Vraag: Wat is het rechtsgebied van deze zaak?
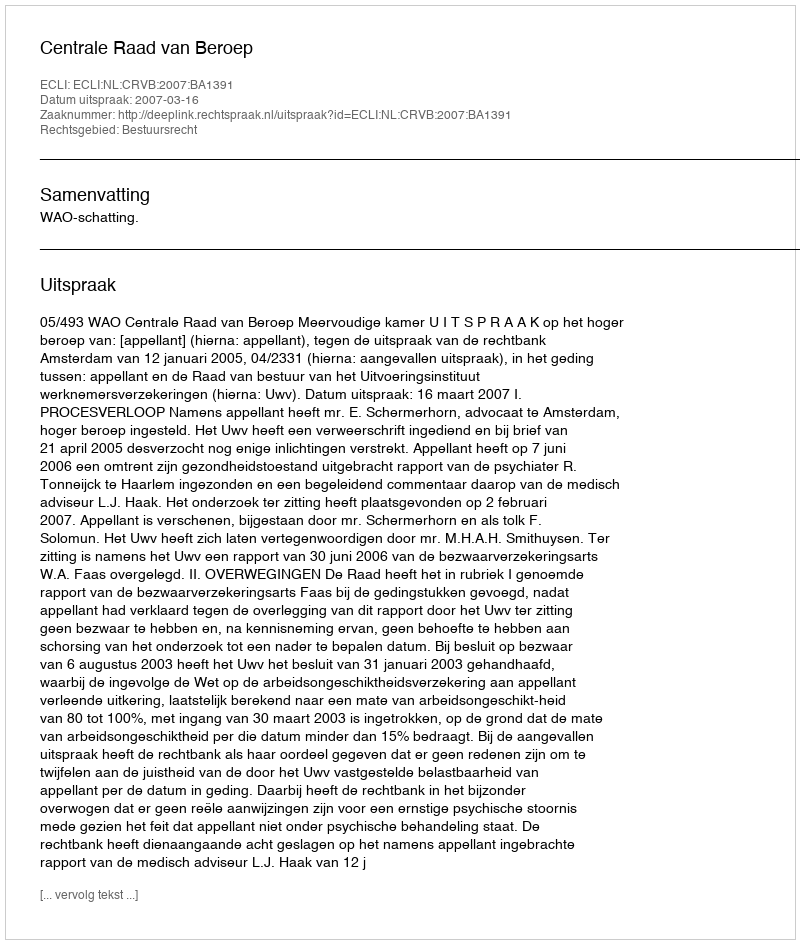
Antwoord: Bestuursrecht